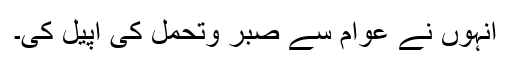
انہوں نے عوام سے صبر وتحمل کی اپیل کی۔